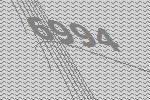
6994